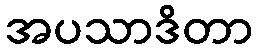
အပသာဒိတာ